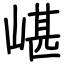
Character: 嵁